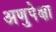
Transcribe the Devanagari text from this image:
अणुपेक्षा